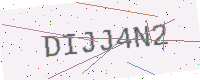
Text: DIJJ4N2